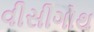
વીસીગોથ